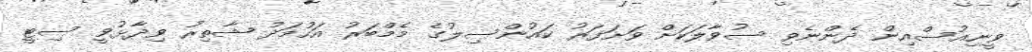
ވީނިއުސްއިން ދެންނެވި ސުވާލަކަށް ވަށަފަރު ކައުންސިލުގެ މެމްބަރު އަހުމަދު ޝާތިރު ވިދާޅުވީ ސިޓީ